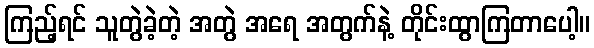
ကြည့်ရင် သူတွဲခဲ့တဲ့ အတွဲ အရေ အတွက်နဲ့ တိုင်းထွာကြတာပေါ့။